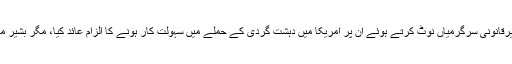
مگر سن 2000 میں انٹیلی جنس ایجنسیز نے ان کی طالبان کے ساتھ غیرقانونی سرگرمیاں نوٹ کرتے ہوئے ان پر امریکا میں دہشت گردی کے حملے میں سہولت کار ہونے کا الزام عائد کیا، مگر بشیر محمود کا القاعدہ یا اسامہ بن لادن سے کوئی گہرا تعلق ثابت نہیں ہو سکا۔